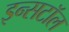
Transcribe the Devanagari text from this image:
इन्सटॉल